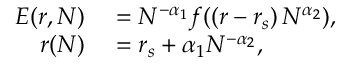
\begin{array} { r l } { E ( r , N ) } & { { } = N ^ { - \alpha _ { 1 } } f ( ( r - r _ { s } ) \, N ^ { \alpha _ { 2 } } ) , } \\ { r ( N ) } & { { } = r _ { s } + \alpha _ { 1 } N ^ { - \alpha _ { 2 } } , } \end{array}